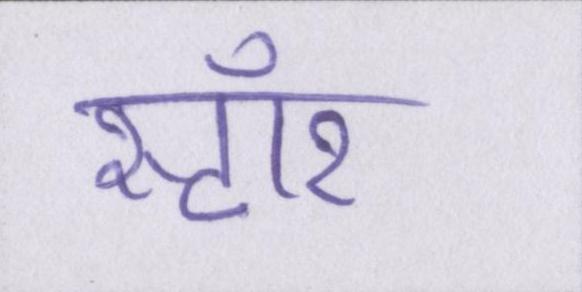
स्टॉर